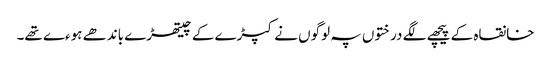
خانقاہ کے پیچھے لگے درختوں پہ لوگوں نے کپڑے کے چیتھڑے باندھے ہوءے تھے۔